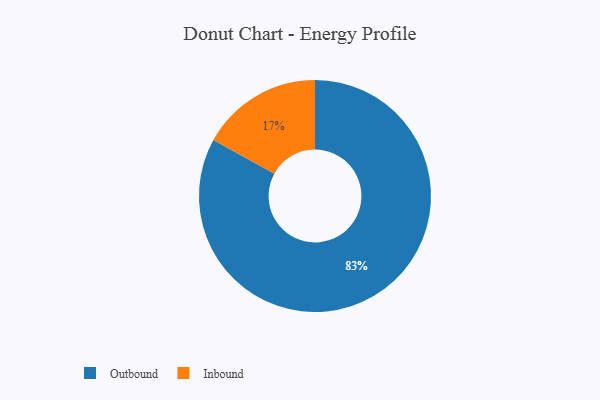
{"axis": {"x": "Category", "y": "Percentage"}, "legend": ["Inbound", "Outbound"], "data": [{"x": "Inbound", "y": 17, "type": "Inbound"}, {"x": "Outbound", "y": 83, "type": "Outbound"}]}